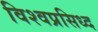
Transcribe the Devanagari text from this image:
विश्वप्रसिध्द